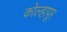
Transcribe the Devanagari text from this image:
काेेल्हापूर